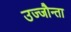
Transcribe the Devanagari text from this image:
उज्‍जौन्ता